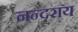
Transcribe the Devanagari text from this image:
नन्दराय